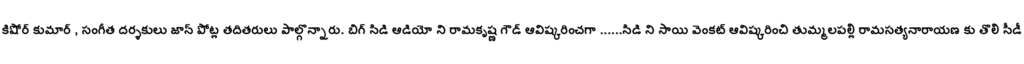
కిషోర్ కుమార్ , సంగీత దర్శకులు జాన్ పోట్ల తదితరులు పాల్గొన్నారు. బిగ్ సిడి ఆడియో ని రామకృష్ణ గౌడ్ ఆవిష్కరించగా ......సిడి ని సాయి వెంకట్ ఆవిష్కరించి తుమ్మలపల్లి రామసత్యనారాయణ కు తొలి సీడీ